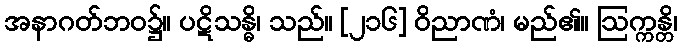
အနာဂတ်ဘဝ၌။ ပဋိသန္ဓိ၊ သည်။ [၂၁၆] ဝိညာဏံ၊ မည်၏။ ဩက္ကန္တိ၊